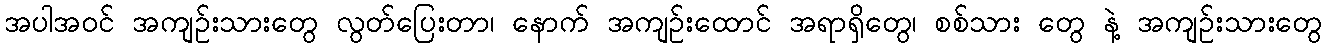
အပါအဝင် အကျဉ်းသားတွေ လွတ်ပြေးတာ၊ နောက် အကျဉ်းထောင် အရာရှိတွေ၊ စစ်သား တွေ နဲ့ အကျဉ်းသားတွေ